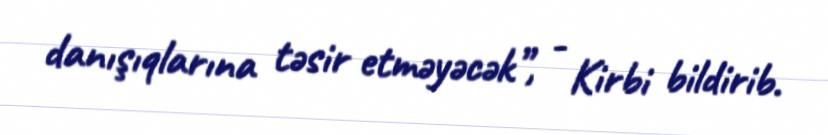
danışıqlarına təsir etməyəcək”, - Kirbi bildirib.